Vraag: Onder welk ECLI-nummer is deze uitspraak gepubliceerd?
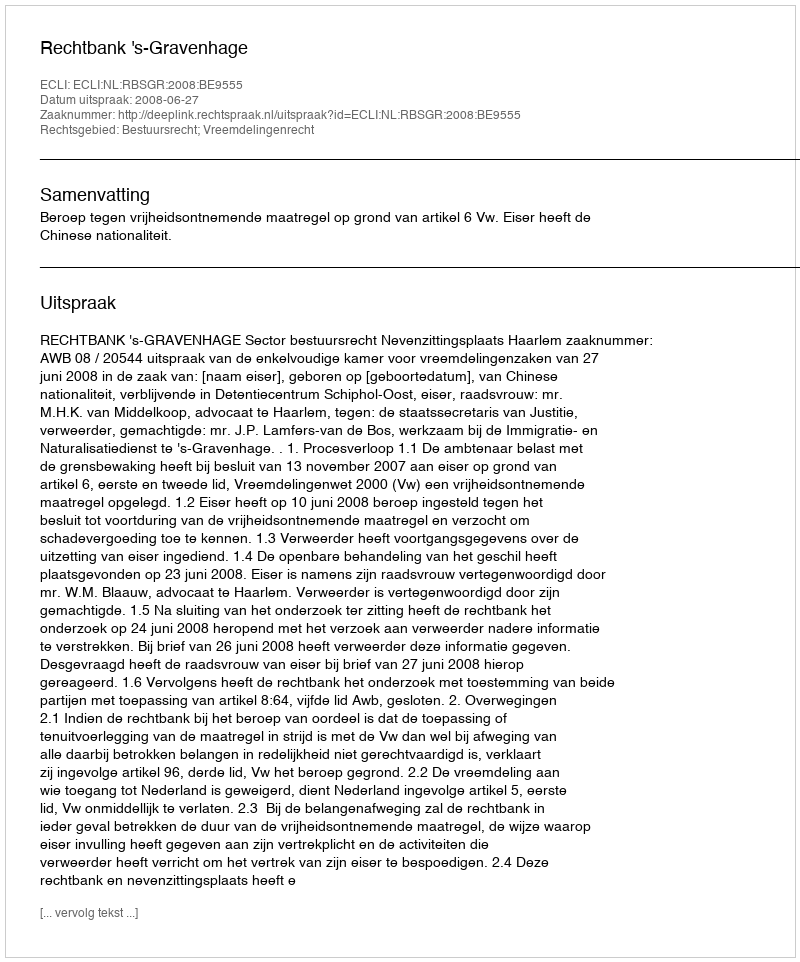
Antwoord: ECLI:NL:RBSGR:2008:BE9555